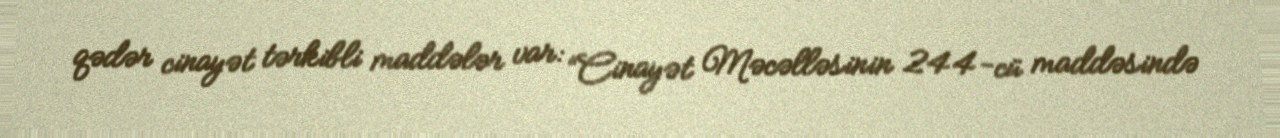
qədər cinayət tərkibli maddələr var: “Cinayət Məcəlləsinin 244-cü maddəsində